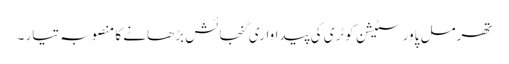
تھرمل پاور سٹیشن کوٹری کی پیداواری گنجائش بڑھانے کا منصوبہ تیار ۔